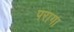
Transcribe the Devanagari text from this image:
परागा